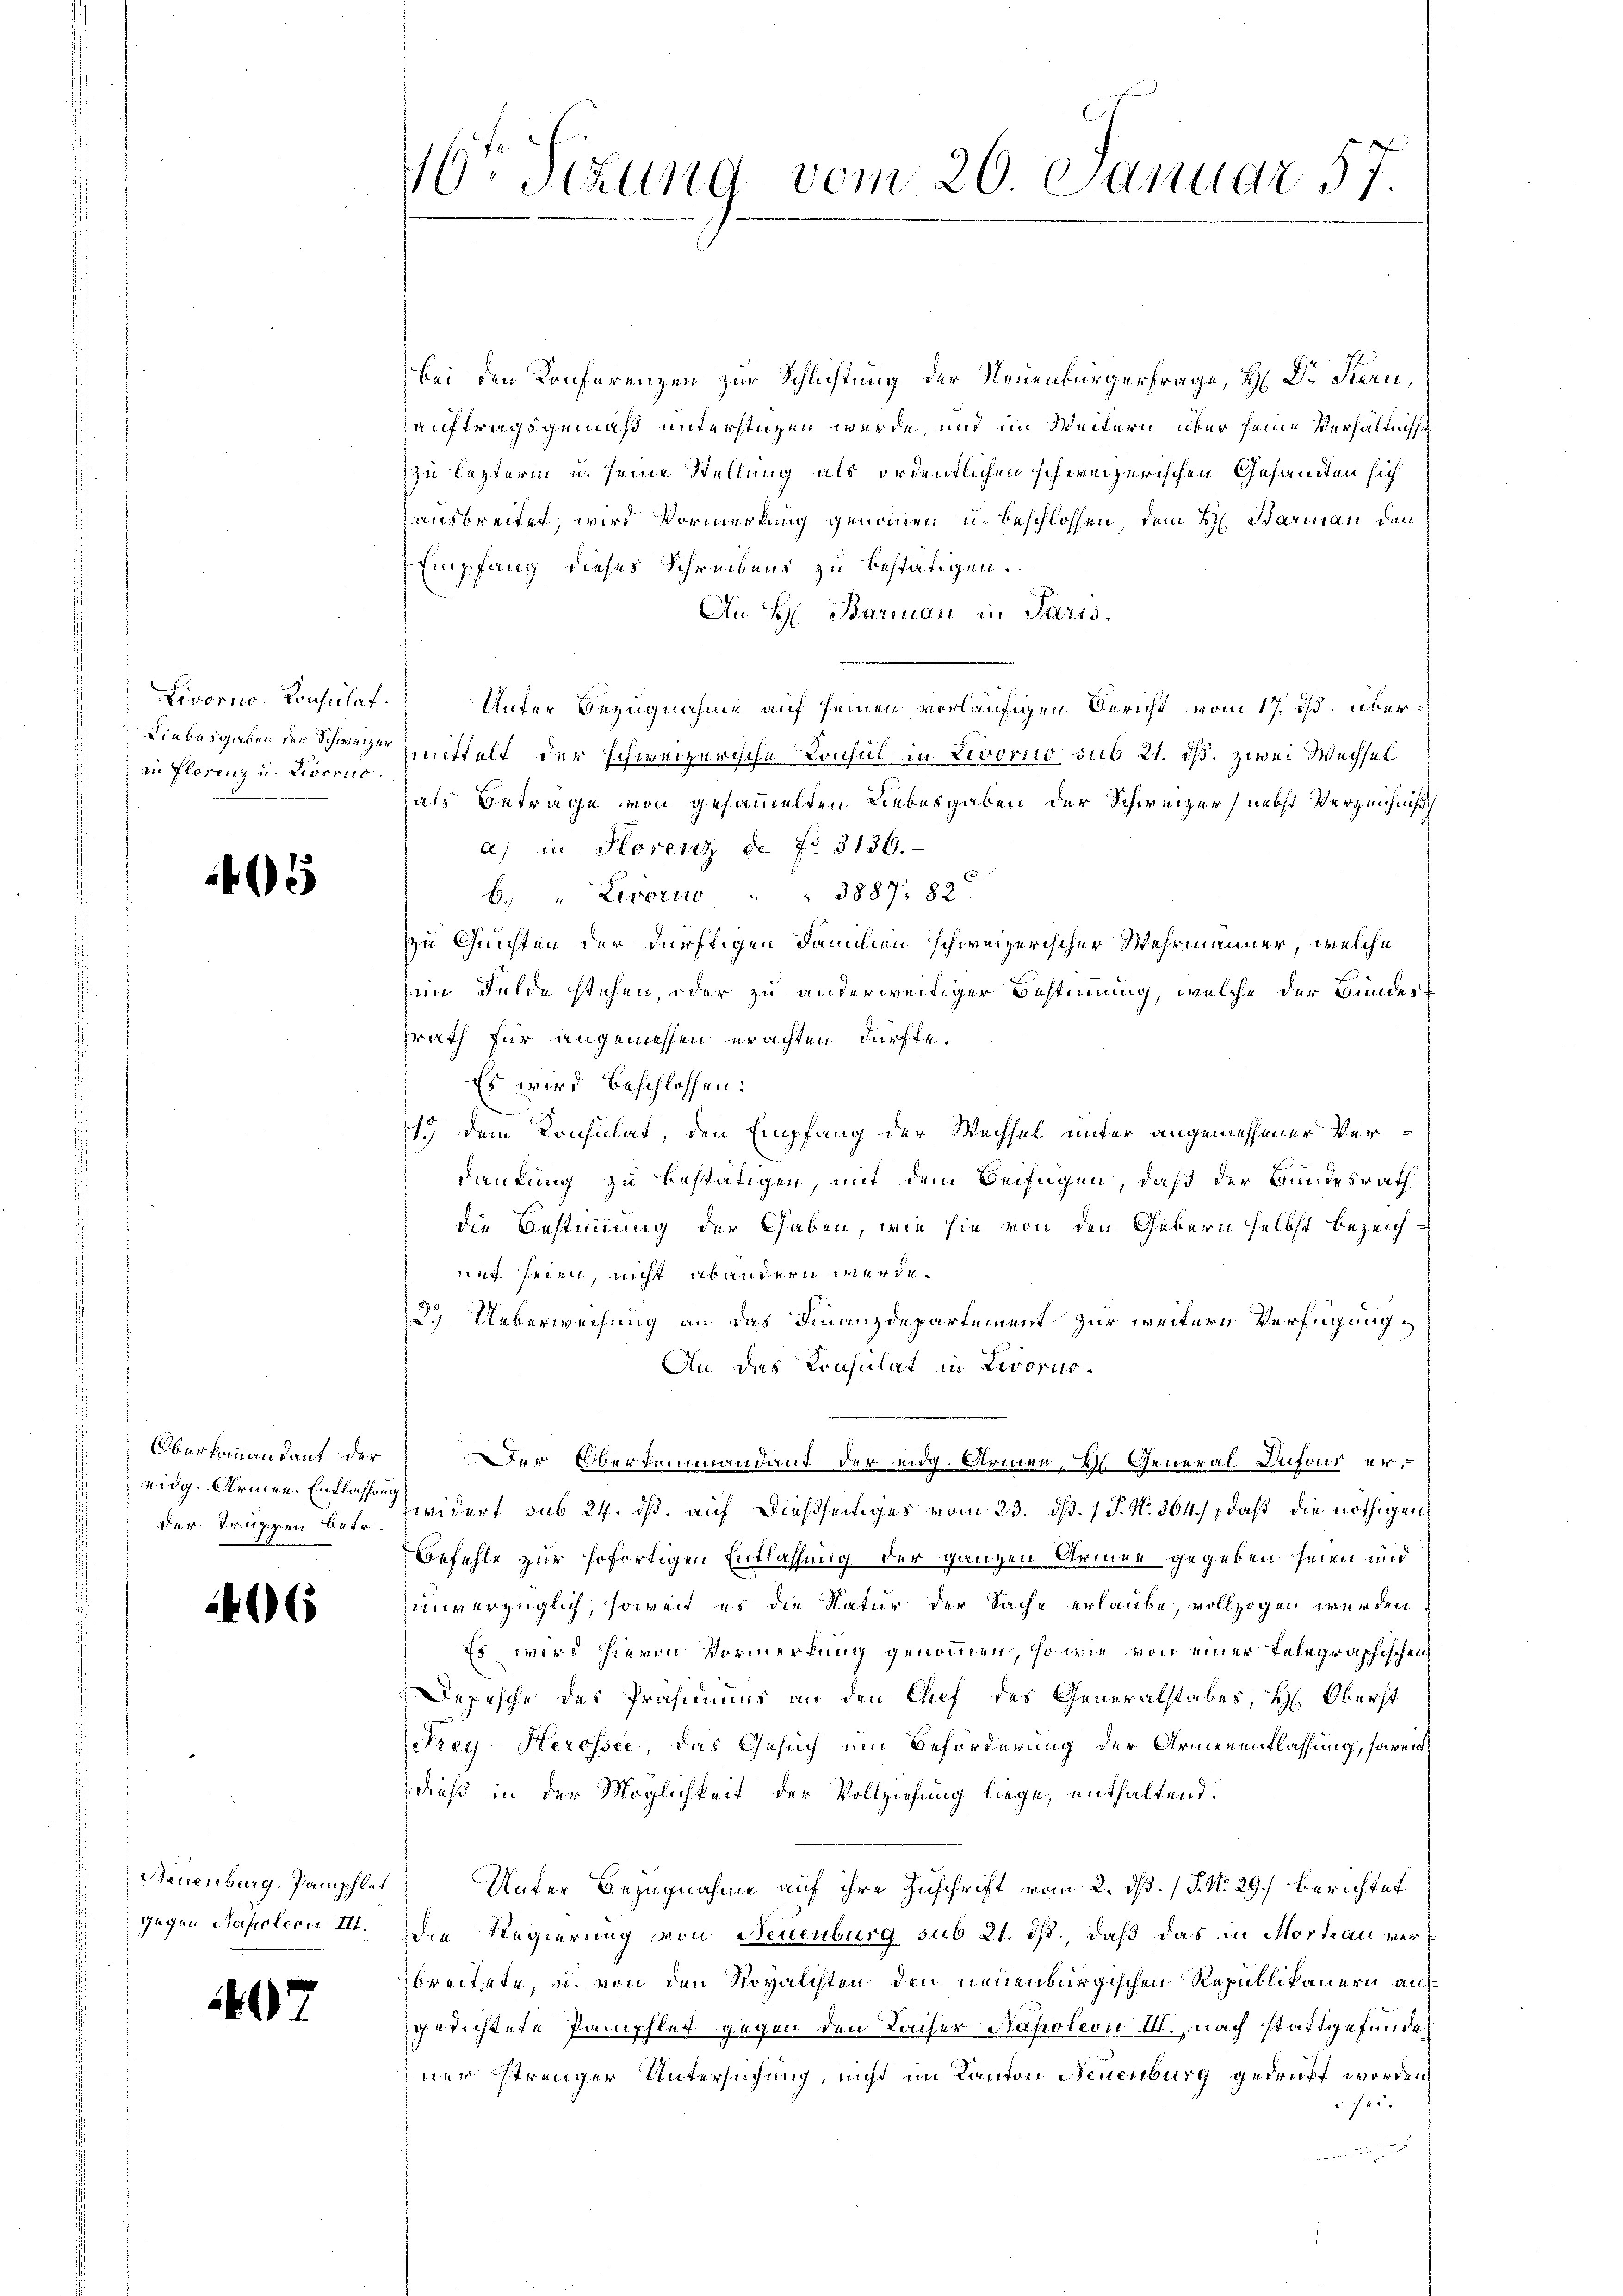
Liebesgaben der Schweizer
in Florenz u. Livorno.

5

Oberkommandant der
der Truppen betr.

46

Neuenburg. Pamphlet.

7

bei den Konferenzen zur Schlichtung der Neuenbürgerfrage, H: Dr Stern,
auftragsgemäß unterstüzen werde, und im Weitern über seine Verhältnisse
zu letzterm u. seine Stellung als ordentlichen schweizerischen Gesandten sich
ausbreitet, wird Vormerkung genommen u. beschlossen, dem H. Barian den
Empfang dieses Schreibens zu bestätigen.
An H. Barian in Paris.
Livorno. Consulat Unter Bezugnahme auf seinen vorläufigen Bericht vom 17. ds. übermmittelt der schweizerische Konsul in Livorno sub 21. ds. zwei Wechsel
als Betrage von gesammelten Liebesgaben der Schweizer, nebst Verzeichnis
a) in Horenz de No 3136.
6. " Livorno . . 3887, 88
zzu Quichten der dürftigen Familien schweizerischer Wehrmanner, welche
im Felde stehen, oder zu anderweitiger Bestimmung, welche der Bundessrath für angemessen erachten dürfte.
Es wird beschlossen:
1. dem Konsulat, den Empfang der Wechsel unter angemessener Verdankung zu bestätigen, mit dem Beifügen, daß der Bundesrath
die Bestimmung der Gaben, wie sie von den Gebern selbst bezeichmit seien, nicht abandern werde.
2. Ueberweisung an das Finanzdepartement zur weitern Verfügung,
An das Konsulat in Livorno¬
Der Oberkommandant der eidg. Armen, ds General Dufour ereidg. Armen. Entlassen widert sub 24. dß. auf dießseitiges vom 23. dß. 1. J. N. 364), daß die nöthigen
Befehle zur sofertigen Entlassung der ganzen Armen gegeben seien und
unverzüglich, soweit es die Natur der Sache erlaube, vollzogen werden
Es wird hierin Vormerkung genommen, so wie von einer Telegraphischen
Depesche des Präsidiums an den Chef des Generalstabes, H. Oberst
Frey-Herössee, das Gesuch um Beförderung der Armenentlassung, soweit
dieß in der Möglichkeit der Vollziehung liege, enthaltend.
Unter Bezugnahme auf ihre Zuschrift vom 2. dß. /J. No. 29. Berichtet
gegen Napoleon III. Die Regierung von Neuenburg sub. 21. ds., daß das in Mortian verbreitete, u. von den Royalchten den neuenburgischen Republikanern auf
gedichtete Pamphlet gegen den Kaiser Napoleon III., nach stattgefunde
ner strenger Untersuchung, nicht im Kanton Neuenburg gedruckt worden,
c. 121.
n

16r Sitzung vom 20. Januar 57.